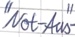
Text: "Not-Aus"